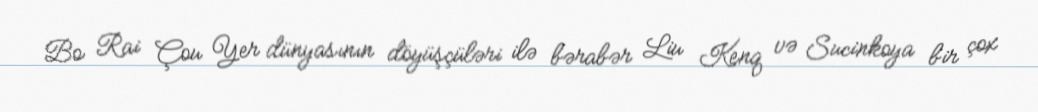
Bo Rai Çou Yer dünyasının döyüşçüləri ilə bərabər Liu Kenq və Sucinkoya bir çox